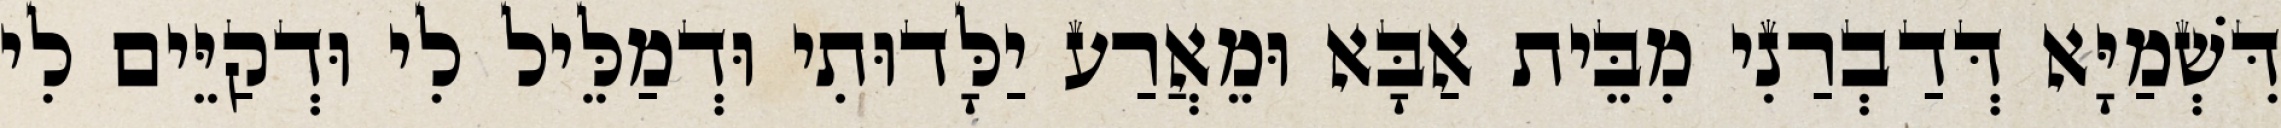
דִּשְׁמַיָּא דְּדַבְרַנִי מִבֵּית אַבָּא וּמֵאֲרַע יַלָּדוּתִי וּדְמַלֵּיל לִי וּדְקַיֵּים לִי